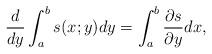
LaTeX: \begin{align*}\frac d{dy} \int_a^b s(x;y)dy = \int_a^b \frac{\partial s}{\partial y} dx,\end{align*}